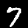
Digit: 7